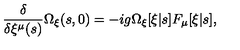
\frac { \delta } { \delta \xi ^ { \mu } ( s ) } \Omega _ { \xi } ( s , 0 ) = - i g \Omega _ { \xi } [ \xi | s ] F _ { \mu } [ \xi | s ] ,